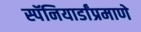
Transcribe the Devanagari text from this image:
स्पॅनियार्डांप्रमाणे